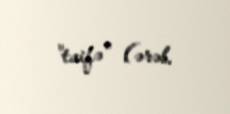
"taifə" (ərəb.